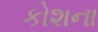
કોશના